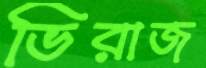
ভিরাজ